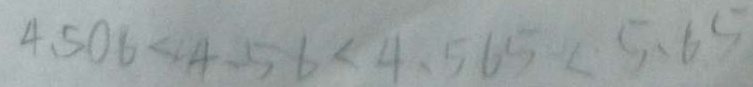
4 . 5 0 6 < 4 . 5 6 < 4 . 5 6 5 < 5 . 6 5